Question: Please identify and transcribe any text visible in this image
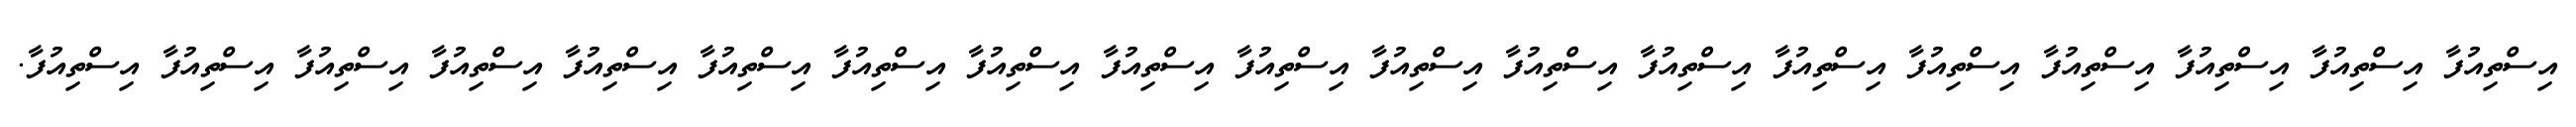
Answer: އިސްތިއުފާ އިސްތިއުފާ އިސްތިއުފާ އިސްތިއުފާ އިސްތިއުފާ އިސްތިއުފާ އިސްތިއުފާ އިސްތިއުފާ އިސްތިއުފާ އިސްތިއުފާ އިސްތިއުފާ އިސްތިއުފާ އިސްތިއުފާ އިސްތިއުފާ އިސްތިއުފާ އިސްތިއުފާ އިސްތިއުފާ އިސްތިއުފާ އިސްތިއުފާ.